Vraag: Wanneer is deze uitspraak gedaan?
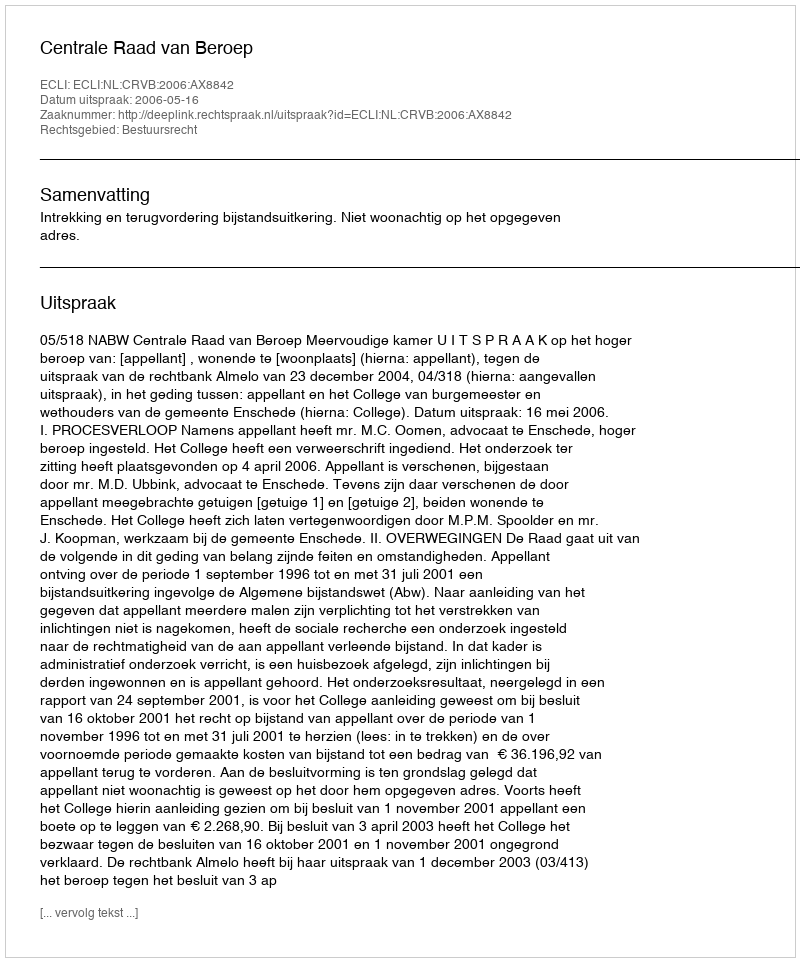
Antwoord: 2006-05-16